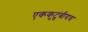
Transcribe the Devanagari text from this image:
एककुटुंबीयच